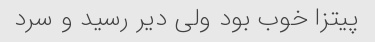
پیتزا خوب بود ولی دیر رسید و سرد